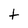
Character: T